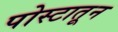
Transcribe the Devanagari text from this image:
पोस्टातून